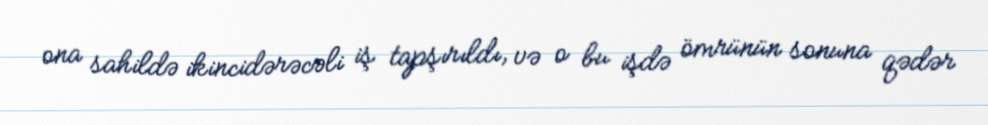
ona sahildə ikincidərəcəli iş tapşırıldı, və o bu işdə ömrünün sonuna qədər